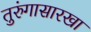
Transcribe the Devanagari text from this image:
तुरुंगासारखा